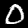
Digit: 0